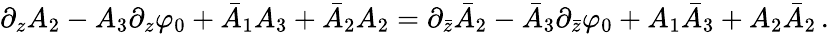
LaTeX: \partial_{z}A_{2}-A_{3}\partial_{z}\varphi_{0}+\bar{A}_{1}A_{3}+\bar{A}_{2}A_{2}=\partial_{\bar{z}}\bar{A}_{2}-\bar{A}_{3}\partial_{\bar{z}}\varphi_{0}+A_{1}\bar{A}_{3}+A_{2}\bar{A}_{2}\, .